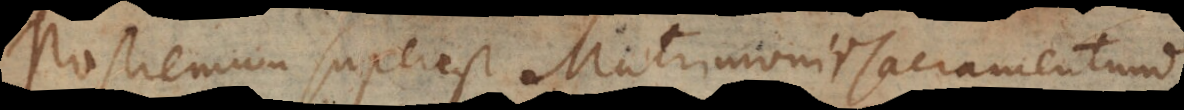
ostremum superest Matrimonii Sacramentum